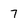
Character: 7